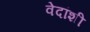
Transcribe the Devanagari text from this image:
वेदांशी